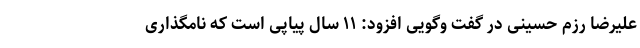
علیرضا رزم حسینی در گفت وگویی افزود: ۱۱ سال پیاپی است که نامگذاری